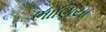
ભાણિયા